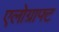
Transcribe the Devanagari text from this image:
एलोग्राफ्ट